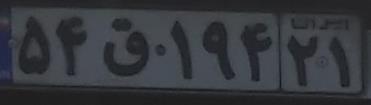
۵۴ق۱۹۴۲۱